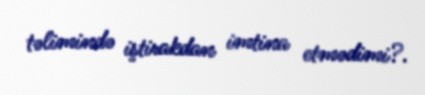
təlimində iştirakdan imtina etmədimi?.